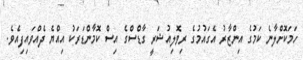
ހަމަކޮށްލާނެ ކަމުގެ އިންޒާރު އެގައުމުގެ ރިވޮލިއުޝަރީ ގާޑްސްގެ އިސް ކޮމާންޑަރަކު އިއްޔެ ދެއްވައިފިއެވެ.